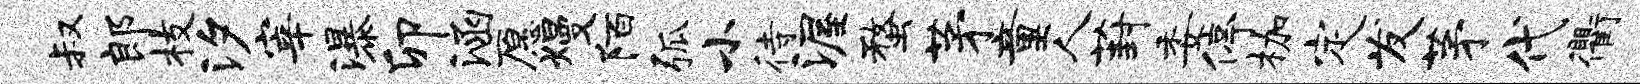
叔郎枝汐宰瀑卯涵愿熳陌弧小待渥蝥茅童人葑委停枷定发茅代衢